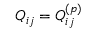
Q _ { i j } = Q _ { i j } ^ { ( p ) }